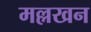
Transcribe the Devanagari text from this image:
मल्लखन